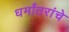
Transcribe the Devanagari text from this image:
धर्मांतरांचे